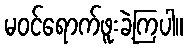
မဝင်ရောက်ဖူးခဲ့ကြပါ။